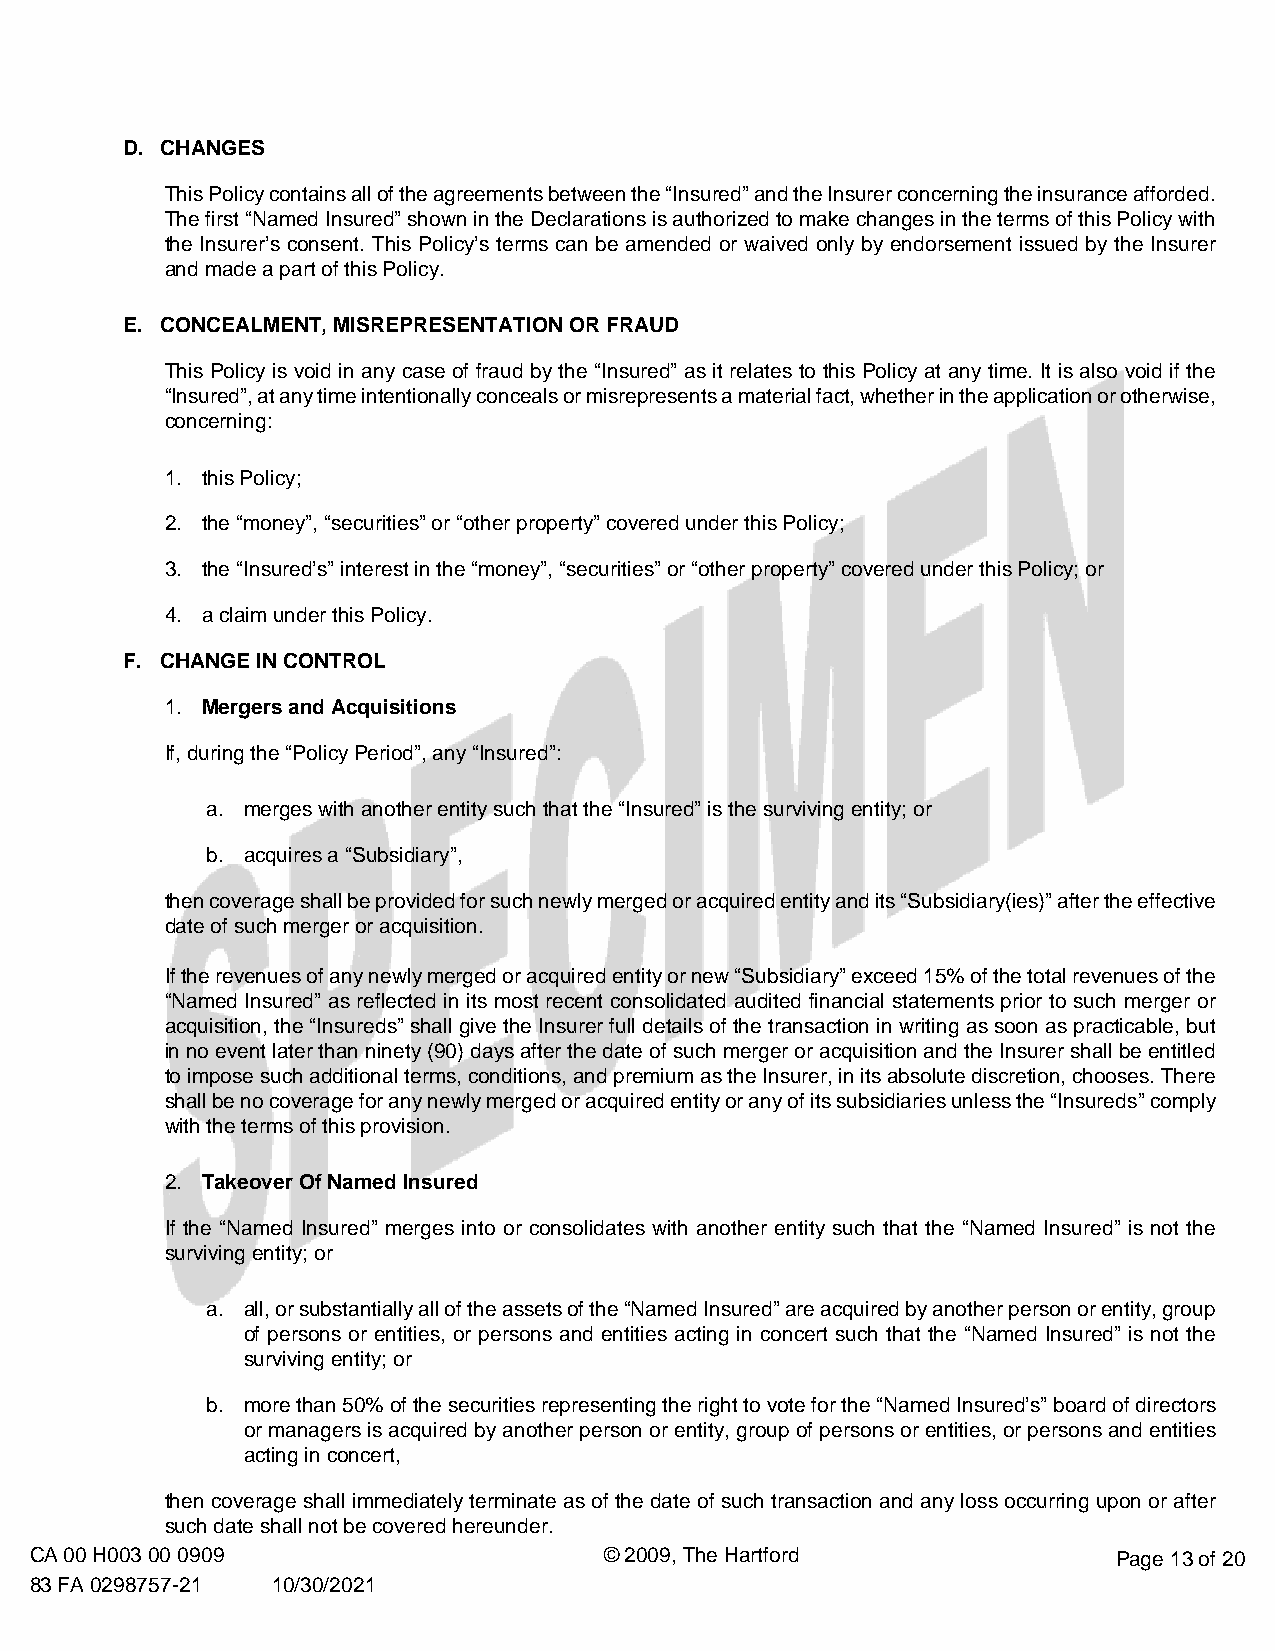
D. CHANGES
 This Policy contains all of the agreements between the “Insured” and the Insurer concerning the insurance afforded.
 The first “Named Insured” shown in the Declarations is authorized to make changes in the terms of this Policy with
 the Insurer’s consent. This Policy’s terms can be amended or waived only by endorsement issued by the Insurer
 and made a part of this Policy.
 E. CONCEALMENT, MISREPRESENTATION OR FRAUD
 This Policy is void in any case of fraud by the “Insured” as it relates to this Policy at any time. It is also void if the
 “Insured”, at any time intentionally conceals or misrepresents a material fact, whether in the application or otherwise,
 concerning:
 1. this Policy;
 2. the “money”, “securities” or “other property” covered under this Policy;
 3. the “Insured’s” interest in the “money”, “securities” or “other property” covered under this Policy; or
 4. a claim under this Policy.
 F. CHANGE IN CONTROL
 1. Mergers and Acquisitions
 If, during the “Policy Period”, any “Insured”:
 a. merges with another entity such that the “Insured” is the surviving entity; or
 b. acquires a “Subsidiary”,
 then coverage shall be provided for such newly merged or acquired entity and its “Subsidiary(ies)” after the effective
 date of such merger or acquisition.
 If the revenues of any newly merged or acquired entity or new “Subsidiary” exceed 15% of the total revenues of the
 “Named Insured” as reflected in its most recent consolidated audited financial statements prior to such merger or
 acquisition, the “Insureds” shall give the Insurer full details of the transaction in writing as soon as practicable, but
 in no event later than ninety (90) days after the date of such merger or acquisition and the Insurer shall be entitled
 to impose such additional terms, conditions, and premium as the Insurer, in its absolute discretion, chooses. There
 shall be no coverage for any newly merged or acquired entity or any of its subsidiaries unless the “Insureds” comply
 with the terms of this provision.
 2. Takeover Of Named Insured
 If the “Named Insured” merges into or consolidates with another entity such that the “Named Insured” is not the
 surviving entity; or
 a. all, or substantially all of the assets of the “Named Insured” are acquired by another person or entity, group
 of persons or entities, or persons and entities acting in concert such that the “Named Insured” is not the
 surviving entity; or
 b. more than 50% of the securities representing the right to vote for the “Named Insured’s” board of directors
 or managers is acquired by another person or entity, group of persons or entities, or persons and entities
 acting in concert,
 then coverage shall immediately terminate as of the date of such transaction and any loss occurring upon or after
 such date shall not be covered hereunder.
 CA 00 H003 00 0909                    © 2009, The Hartford              Page 13 of 20
 83 FA 0298757-21 10/30/2021